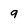
Character: 9